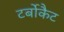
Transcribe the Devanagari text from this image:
टर्बोकैट